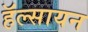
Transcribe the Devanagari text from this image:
हॅल्सायन